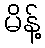
မိန့်